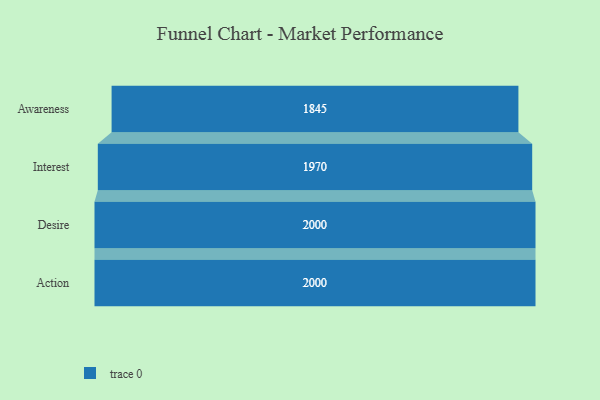
{"axis": {"x": "Stage", "y": "Value"}, "legend": [""], "data": [{"x": "Awareness", "y": 1845.0, "type": ""}, {"x": "Interest", "y": 1970.0, "type": ""}, {"x": "Desire", "y": 2000, "type": ""}, {"x": "Action", "y": 2000, "type": ""}]}